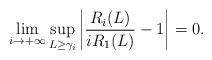
LaTeX: \begin{align*}\lim_{i\to+\infty} \sup_{L\geq \gamma_i}\left\vert \frac{R_i(L)}{iR_1(L)}-1\right \vert=0.\end{align*}